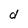
Character: d